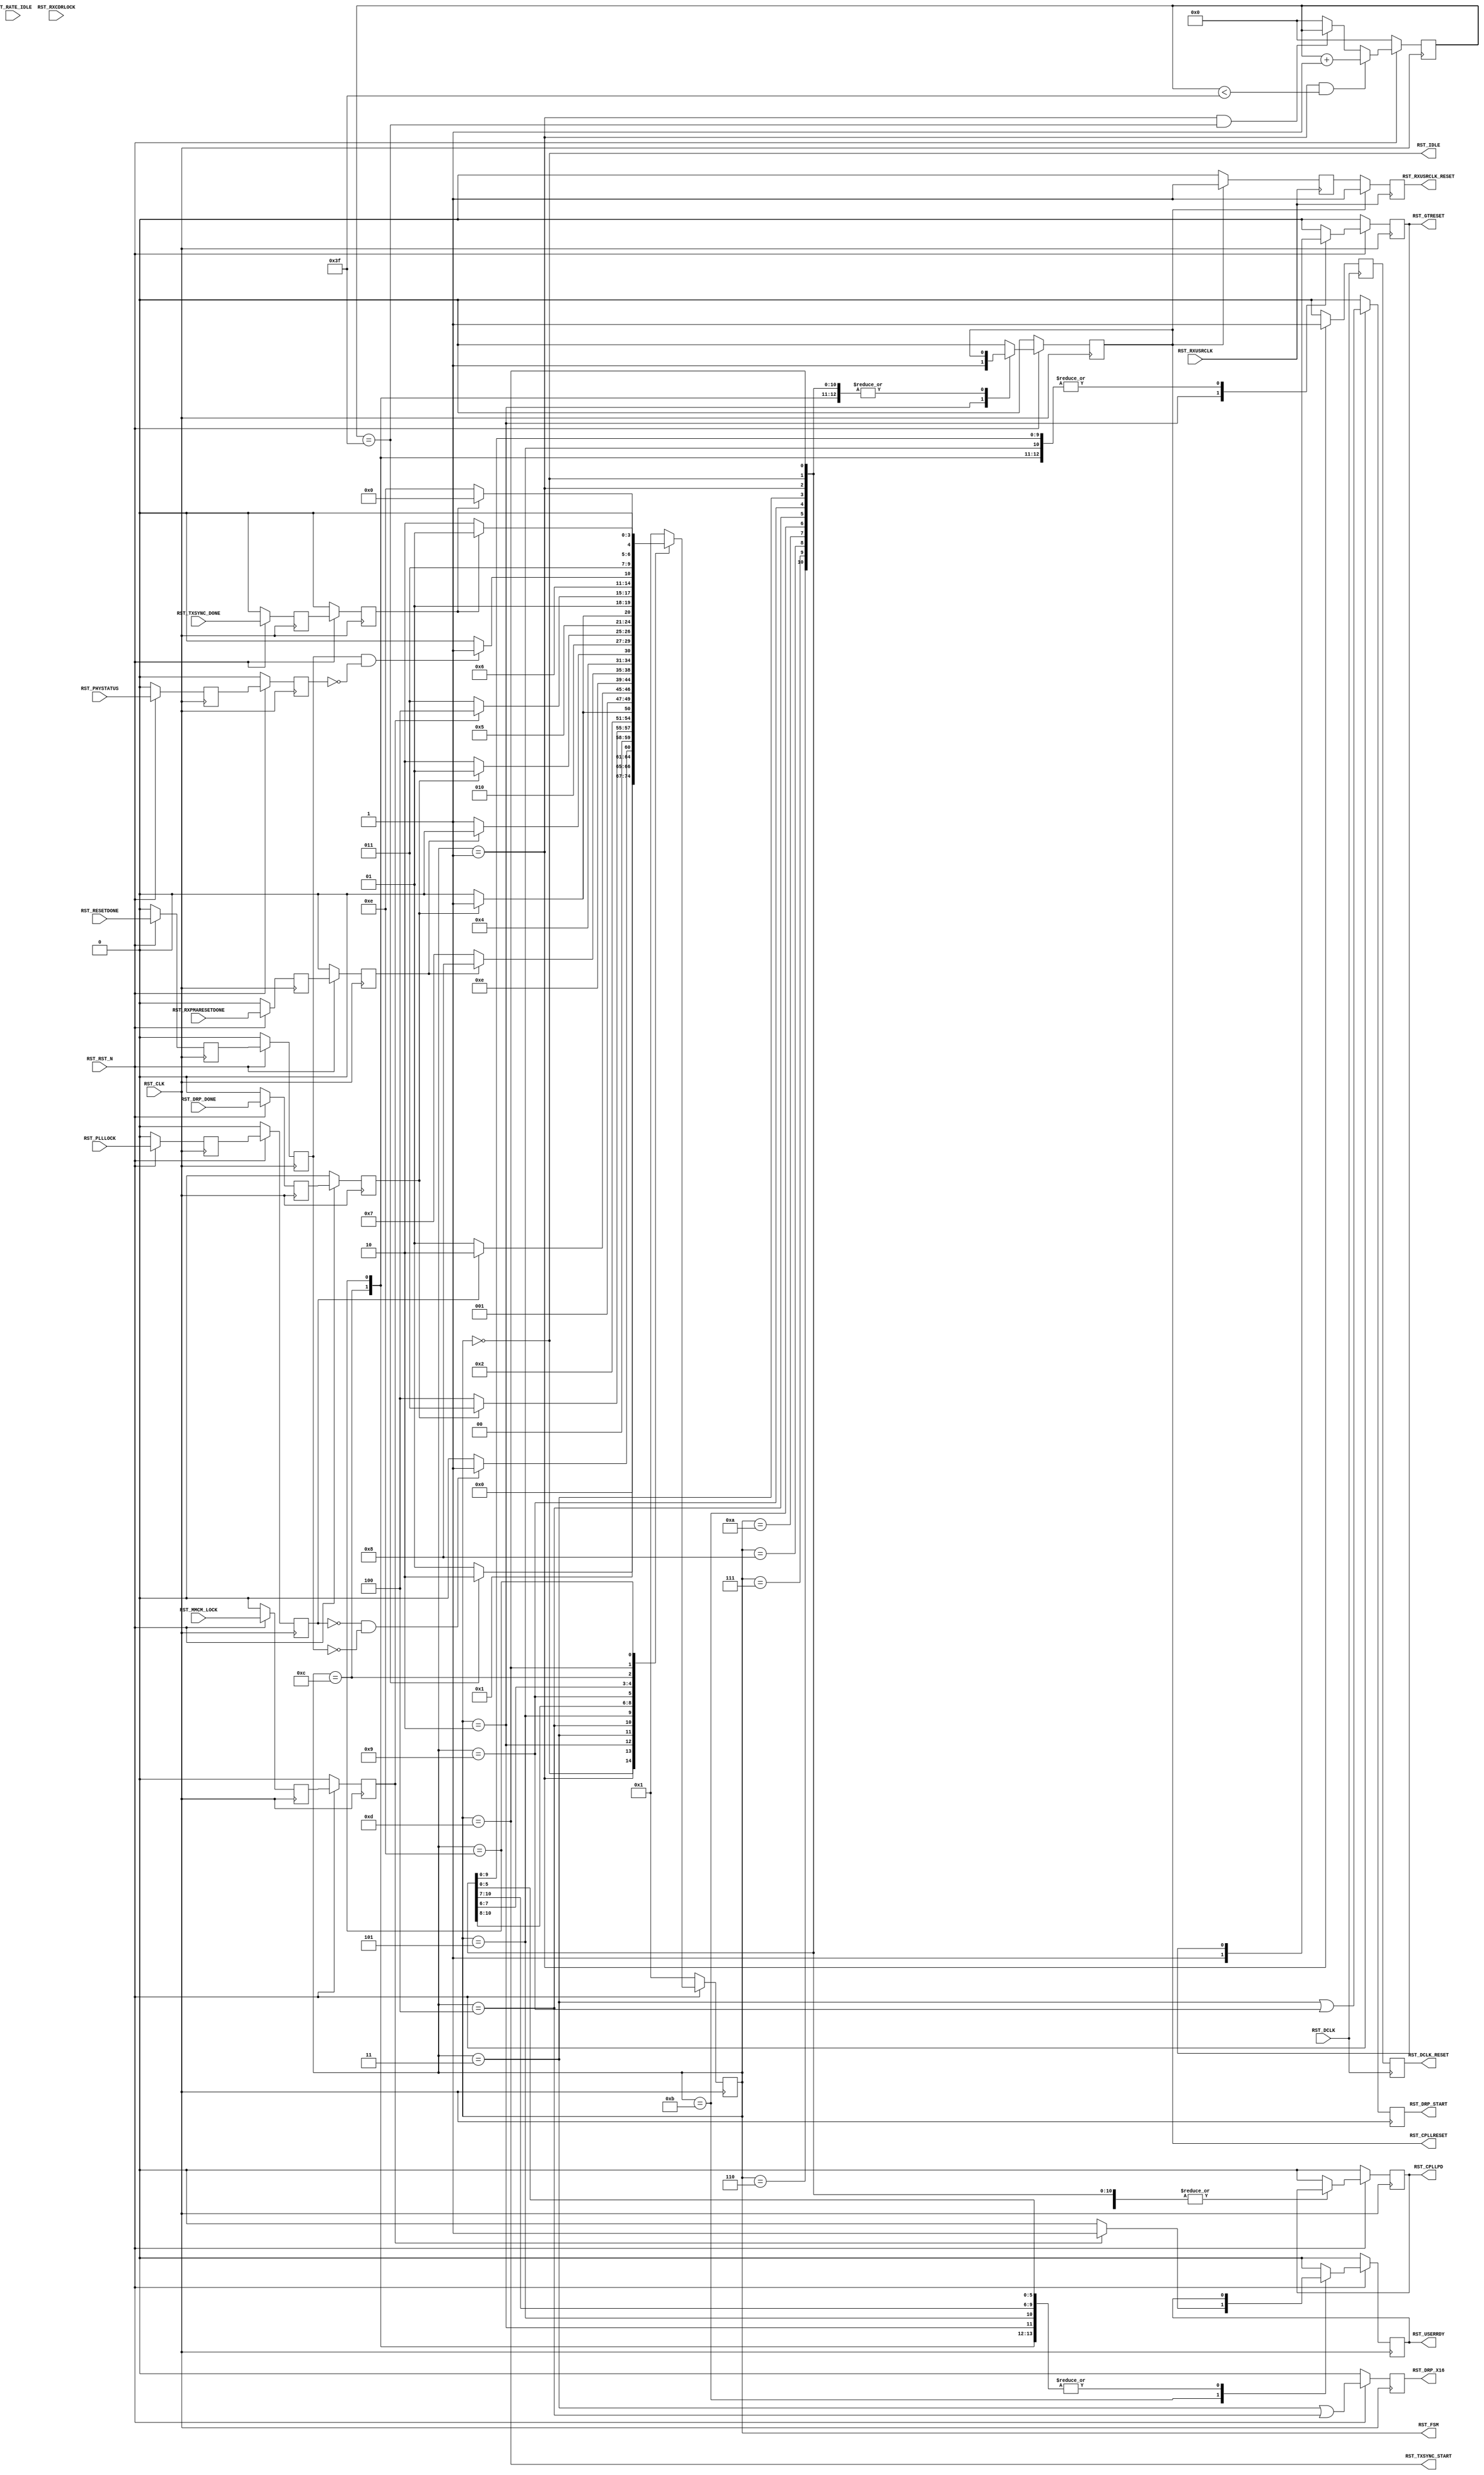
module PCIEBus_gtp_pipe_reset #
(
    parameter PCIE_SIM_SPEEDUP = "FALSE",                   // PCIe sim speedup
    parameter PCIE_LANE        = 1,                         // PCIe number of lanes
    parameter CFG_WAIT_MAX     = 6'd63,                     // Configuration wait max
    parameter BYPASS_RXCDRLOCK = 1                          // Bypass RXCDRLOCK
)
(
    input                           RST_CLK,
    input                           RST_RXUSRCLK,
    input                           RST_DCLK,
    input                           RST_RST_N,
    input       [PCIE_LANE-1:0]     RST_DRP_DONE,
    input       [PCIE_LANE-1:0]     RST_RXPMARESETDONE,
    input                           RST_PLLLOCK,
    input       [PCIE_LANE-1:0]     RST_RATE_IDLE,
    input       [PCIE_LANE-1:0]     RST_RXCDRLOCK,
    input                           RST_MMCM_LOCK,
    input       [PCIE_LANE-1:0]     RST_RESETDONE,
    input       [PCIE_LANE-1:0]     RST_PHYSTATUS,
    input       [PCIE_LANE-1:0]     RST_TXSYNC_DONE,
    output                          RST_CPLLRESET,
    output                          RST_CPLLPD,
    output reg                      RST_DRP_START,
    output reg                      RST_DRP_X16,
    output                          RST_RXUSRCLK_RESET,
    output                          RST_DCLK_RESET,
    output                          RST_GTRESET,
    output                          RST_USERRDY,
    output                          RST_TXSYNC_START,
    output                          RST_IDLE,
    output      [ 4:0]              RST_FSM
);
(* ASYNC_REG = "TRUE", SHIFT_EXTRACT = "NO" *)    reg         [PCIE_LANE-1:0]     drp_done_reg1;
(* ASYNC_REG = "TRUE", SHIFT_EXTRACT = "NO" *)    reg         [PCIE_LANE-1:0]     rxpmaresetdone_reg1;
(* ASYNC_REG = "TRUE", SHIFT_EXTRACT = "NO" *)    reg                             plllock_reg1;
(* ASYNC_REG = "TRUE", SHIFT_EXTRACT = "NO" *)    reg         [PCIE_LANE-1:0]     rate_idle_reg1;
(* ASYNC_REG = "TRUE", SHIFT_EXTRACT = "NO" *)    reg         [PCIE_LANE-1:0]     rxcdrlock_reg1;
(* ASYNC_REG = "TRUE", SHIFT_EXTRACT = "NO" *)    reg                             mmcm_lock_reg1;
(* ASYNC_REG = "TRUE", SHIFT_EXTRACT = "NO" *)    reg         [PCIE_LANE-1:0]     resetdone_reg1;
(* ASYNC_REG = "TRUE", SHIFT_EXTRACT = "NO" *)    reg         [PCIE_LANE-1:0]     phystatus_reg1;
(* ASYNC_REG = "TRUE", SHIFT_EXTRACT = "NO" *)    reg         [PCIE_LANE-1:0]     txsync_done_reg1;
(* ASYNC_REG = "TRUE", SHIFT_EXTRACT = "NO" *)    reg         [PCIE_LANE-1:0]     drp_done_reg2;
(* ASYNC_REG = "TRUE", SHIFT_EXTRACT = "NO" *)    reg         [PCIE_LANE-1:0]     rxpmaresetdone_reg2;
(* ASYNC_REG = "TRUE", SHIFT_EXTRACT = "NO" *)    reg                             plllock_reg2;
(* ASYNC_REG = "TRUE", SHIFT_EXTRACT = "NO" *)    reg         [PCIE_LANE-1:0]     rate_idle_reg2;
(* ASYNC_REG = "TRUE", SHIFT_EXTRACT = "NO" *)    reg         [PCIE_LANE-1:0]     rxcdrlock_reg2;
(* ASYNC_REG = "TRUE", SHIFT_EXTRACT = "NO" *)    reg                             mmcm_lock_reg2;
(* ASYNC_REG = "TRUE", SHIFT_EXTRACT = "NO" *)    reg         [PCIE_LANE-1:0]     resetdone_reg2;
(* ASYNC_REG = "TRUE", SHIFT_EXTRACT = "NO" *)    reg         [PCIE_LANE-1:0]     phystatus_reg2;
(* ASYNC_REG = "TRUE", SHIFT_EXTRACT = "NO" *)    reg         [PCIE_LANE-1:0]     txsync_done_reg2;
    reg         [ 5:0]              cfg_wait_cnt      =  6'd0;
    reg                             pllreset          =  1'd0;
    reg                             pllpd             =  1'd0;
    reg                             rxusrclk_rst_reg1 =  1'd0;
    reg                             rxusrclk_rst_reg2 =  1'd0;
    reg                             dclk_rst_reg1     =  1'd0;
    reg                             dclk_rst_reg2     =  1'd0;
    reg                             gtreset           =  1'd0;
    reg                             userrdy           =  1'd0;
    reg         [ 4:0]              fsm               =  5'h1;
    localparam                      FSM_IDLE             = 5'h0;
    localparam                      FSM_CFG_WAIT         = 5'h1;
    localparam                      FSM_PLLRESET         = 5'h2;
    localparam                      FSM_DRP_X16_START    = 5'h3;
    localparam                      FSM_DRP_X16_DONE     = 5'h4;
    localparam                      FSM_PLLLOCK          = 5'h5;
    localparam                      FSM_GTRESET          = 5'h6;
    localparam                      FSM_RXPMARESETDONE_1 = 5'h7;
    localparam                      FSM_RXPMARESETDONE_2 = 5'h8;
    localparam                      FSM_DRP_X20_START    = 5'h9;
    localparam                      FSM_DRP_X20_DONE     = 5'hA;
    localparam                      FSM_MMCM_LOCK        = 5'hB;
    localparam                      FSM_RESETDONE        = 5'hC;
    localparam                      FSM_TXSYNC_START     = 5'hD;
    localparam                      FSM_TXSYNC_DONE      = 5'hE;
always @ (posedge RST_CLK)
begin
    if (!RST_RST_N)
        begin
        drp_done_reg1       <= {PCIE_LANE{1'd0}};
        rxpmaresetdone_reg1 <= {PCIE_LANE{1'd0}};
        plllock_reg1        <= 1'd0;
        rate_idle_reg1      <= {PCIE_LANE{1'd0}};
        rxcdrlock_reg1      <= {PCIE_LANE{1'd0}};
        mmcm_lock_reg1      <= 1'd0;
        resetdone_reg1      <= {PCIE_LANE{1'd0}};
        phystatus_reg1      <= {PCIE_LANE{1'd0}};
        txsync_done_reg1    <= {PCIE_LANE{1'd0}};
        drp_done_reg2       <= {PCIE_LANE{1'd0}};
        rxpmaresetdone_reg2 <= {PCIE_LANE{1'd0}};
        plllock_reg2        <= 1'd0;
        rate_idle_reg2      <= {PCIE_LANE{1'd0}};
        rxcdrlock_reg2      <= {PCIE_LANE{1'd0}};
        mmcm_lock_reg2      <= 1'd0;
        resetdone_reg2      <= {PCIE_LANE{1'd0}};
        phystatus_reg2      <= {PCIE_LANE{1'd0}};
        txsync_done_reg2    <= {PCIE_LANE{1'd0}};
        end
    else
        begin
        drp_done_reg1       <= RST_DRP_DONE;
        rxpmaresetdone_reg1 <= RST_RXPMARESETDONE;
        plllock_reg1        <= RST_PLLLOCK;
        rate_idle_reg1      <= RST_RATE_IDLE;
        rxcdrlock_reg1      <= RST_RXCDRLOCK;
        mmcm_lock_reg1      <= RST_MMCM_LOCK;
        resetdone_reg1      <= RST_RESETDONE;
        phystatus_reg1      <= RST_PHYSTATUS;
        txsync_done_reg1    <= RST_TXSYNC_DONE;
        drp_done_reg2       <= drp_done_reg1;
        rxpmaresetdone_reg2 <= rxpmaresetdone_reg1;
        plllock_reg2        <= plllock_reg1;
        rate_idle_reg2      <= rate_idle_reg1;
        rxcdrlock_reg2      <= rxcdrlock_reg1;
        mmcm_lock_reg2      <= mmcm_lock_reg1;
        resetdone_reg2      <= resetdone_reg1;
        phystatus_reg2      <= phystatus_reg1;
        txsync_done_reg2    <= txsync_done_reg1;
        end
end
always @ (posedge RST_CLK)
begin
    if (!RST_RST_N)
        cfg_wait_cnt <= 6'd0;
    else
        if ((fsm == FSM_CFG_WAIT) && (cfg_wait_cnt < CFG_WAIT_MAX))
            cfg_wait_cnt <= cfg_wait_cnt + 6'd1;
        else if ((fsm == FSM_CFG_WAIT) && (cfg_wait_cnt == CFG_WAIT_MAX))
            cfg_wait_cnt <= cfg_wait_cnt;
        else
            cfg_wait_cnt <= 6'd0;
end
always @ (posedge RST_CLK)
begin
    if (!RST_RST_N)
        begin
        fsm      <= FSM_CFG_WAIT;
        pllreset <= 1'd0;
        pllpd    <= 1'd0;
        gtreset  <= 1'd0;
        userrdy  <= 1'd0;
        end
    else
        begin
        case (fsm)
        FSM_IDLE :
            begin
            if (!RST_RST_N)
                begin
                fsm      <= FSM_CFG_WAIT;
                pllreset <= 1'd0;
                pllpd    <= 1'd0;
                gtreset  <= 1'd0;
                userrdy  <= 1'd0;
                end
            else
                begin
                fsm      <= FSM_IDLE;
                pllreset <= pllreset;
                pllpd    <= pllpd;
                gtreset  <= gtreset;
                userrdy  <= userrdy;
                end
            end
        FSM_CFG_WAIT :
            begin
            fsm       <= ((cfg_wait_cnt == CFG_WAIT_MAX) ? FSM_PLLRESET : FSM_CFG_WAIT);
            pllreset  <= pllreset;
            pllpd     <= pllpd;
            gtreset   <= gtreset;
            userrdy   <= userrdy;
            end
        FSM_PLLRESET :
            begin
            fsm       <= (((~plllock_reg2) && (&(~resetdone_reg2))) ? FSM_DRP_X16_START : FSM_PLLRESET);
            pllreset  <= 1'd1;
            pllpd     <= pllpd;
            gtreset   <= 1'd1;
            userrdy   <= userrdy;
            end
        FSM_DRP_X16_START :
            begin
            fsm       <= &(~drp_done_reg2) ? FSM_DRP_X16_DONE : FSM_DRP_X16_START;
            pllreset  <= pllreset;
            pllpd     <= pllpd;
            gtreset   <= gtreset;
            userrdy   <= userrdy;
            end
        FSM_DRP_X16_DONE :
            begin
            fsm       <= (&drp_done_reg2) ? FSM_PLLLOCK : FSM_DRP_X16_DONE;
            pllreset  <= pllreset;
            pllpd     <= pllpd;
            gtreset   <= gtreset;
            userrdy   <= userrdy;
            end
        FSM_PLLLOCK :
            begin
            fsm       <= (plllock_reg2 ? FSM_GTRESET : FSM_PLLLOCK);
            pllreset  <= 1'd0;
            pllpd     <= pllpd;
            gtreset   <= gtreset;
            userrdy   <= userrdy;
            end
        FSM_GTRESET :
            begin
            fsm       <= FSM_RXPMARESETDONE_1;
            pllreset  <= pllreset;
            pllpd     <= pllpd;
            gtreset   <= 1'b0;
            userrdy   <= userrdy;
            end
        FSM_RXPMARESETDONE_1 :
            begin
            fsm       <= (&rxpmaresetdone_reg2 || (PCIE_SIM_SPEEDUP == "TRUE")) ? FSM_RXPMARESETDONE_2 : FSM_RXPMARESETDONE_1;
            pllreset  <= pllreset;
            pllpd     <= pllpd;
            gtreset   <= gtreset;
            userrdy   <= userrdy;
            end
        FSM_RXPMARESETDONE_2 :
            begin
            fsm       <= (&(~rxpmaresetdone_reg2) || (PCIE_SIM_SPEEDUP == "TRUE")) ? FSM_DRP_X20_START : FSM_RXPMARESETDONE_2;
            pllreset  <= pllreset;
            pllpd     <= pllpd;
            gtreset   <= gtreset;
            userrdy   <= userrdy;
            end
        FSM_DRP_X20_START :
            begin
            fsm       <= &(~drp_done_reg2) ? FSM_DRP_X20_DONE : FSM_DRP_X20_START;
            pllreset  <= pllreset;
            pllpd     <= pllpd;
            gtreset   <= gtreset;
            userrdy   <= userrdy;
            end
        FSM_DRP_X20_DONE :
            begin
            fsm       <= (&drp_done_reg2) ? FSM_MMCM_LOCK : FSM_DRP_X20_DONE;
            pllreset  <= pllreset;
            pllpd     <= pllpd;
            gtreset   <= gtreset;
            userrdy   <= userrdy;
            end
        FSM_MMCM_LOCK :
            begin
            if (mmcm_lock_reg2 && (&rxcdrlock_reg2 || (BYPASS_RXCDRLOCK == 1)))
                begin
                fsm       <= FSM_RESETDONE;
                pllreset  <= pllreset;
                pllpd     <= pllpd;
                gtreset   <= gtreset;
                userrdy   <= 1'd1;
                end
            else
                begin
                fsm       <= FSM_MMCM_LOCK;
                pllreset  <= pllreset;
                pllpd     <= pllpd;
                gtreset   <= gtreset;
                userrdy   <= 1'd0;
                end
            end
        FSM_RESETDONE :
            begin
            fsm       <= (&resetdone_reg2 && (&(~phystatus_reg2)) ? FSM_TXSYNC_START : FSM_RESETDONE);
            pllreset  <= pllreset;
            pllpd     <= pllpd;
            gtreset   <= gtreset;
            userrdy   <= userrdy;
            end
        FSM_TXSYNC_START :
            begin
            fsm       <= (&(~txsync_done_reg2) ? FSM_TXSYNC_DONE : FSM_TXSYNC_START);
            pllreset  <= pllreset;
            pllpd     <= pllpd;
            gtreset   <= gtreset;
            userrdy   <= userrdy;
            end
        FSM_TXSYNC_DONE :
            begin
            fsm       <= (&txsync_done_reg2 ? FSM_IDLE : FSM_TXSYNC_DONE);
            pllreset  <= pllreset;
            pllpd     <= pllpd;
            gtreset   <= gtreset;
            userrdy   <= userrdy;
            end
        default :
            begin
            fsm       <= FSM_CFG_WAIT;
            pllreset  <= 1'd0;
            pllpd     <= 1'd0;
            gtreset   <= 1'd0;
            userrdy   <= 1'd0;
            end
        endcase
        end
end
always @ (posedge RST_RXUSRCLK)
begin
    if (pllreset)
        begin
        rxusrclk_rst_reg1 <= 1'd1;
        rxusrclk_rst_reg2 <= 1'd1;
        end
    else
        begin
        rxusrclk_rst_reg1 <= 1'd0;
        rxusrclk_rst_reg2 <= rxusrclk_rst_reg1;
        end
end
always @ (posedge RST_DCLK)
begin
    if (fsm == FSM_CFG_WAIT)
        begin
        dclk_rst_reg1 <= 1'd1;
        dclk_rst_reg2 <= dclk_rst_reg1;
        end
    else
        begin
        dclk_rst_reg1 <= 1'd0;
        dclk_rst_reg2 <= dclk_rst_reg1;
        end
end
assign RST_CPLLRESET      = pllreset;
assign RST_CPLLPD         = pllpd;
assign RST_RXUSRCLK_RESET = rxusrclk_rst_reg2;
assign RST_DCLK_RESET     = dclk_rst_reg2;
assign RST_GTRESET        = gtreset;
assign RST_USERRDY        = userrdy;
assign RST_TXSYNC_START   = (fsm == FSM_TXSYNC_START);
assign RST_IDLE           = (fsm == FSM_IDLE);
assign RST_FSM            = fsm;
//  Register Output
always @ (posedge RST_CLK)
begin
    if (!RST_RST_N)
        begin
        RST_DRP_START <= 1'd0;
        RST_DRP_X16   <= 1'd0;
        end
    else
        begin
        RST_DRP_START <= (fsm == FSM_DRP_X16_START) || (fsm == FSM_DRP_X20_START);
        RST_DRP_X16   <= (fsm == FSM_DRP_X16_START) || (fsm == FSM_DRP_X16_DONE);
        end
end
endmodule